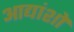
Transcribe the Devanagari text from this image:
आद्यांशों